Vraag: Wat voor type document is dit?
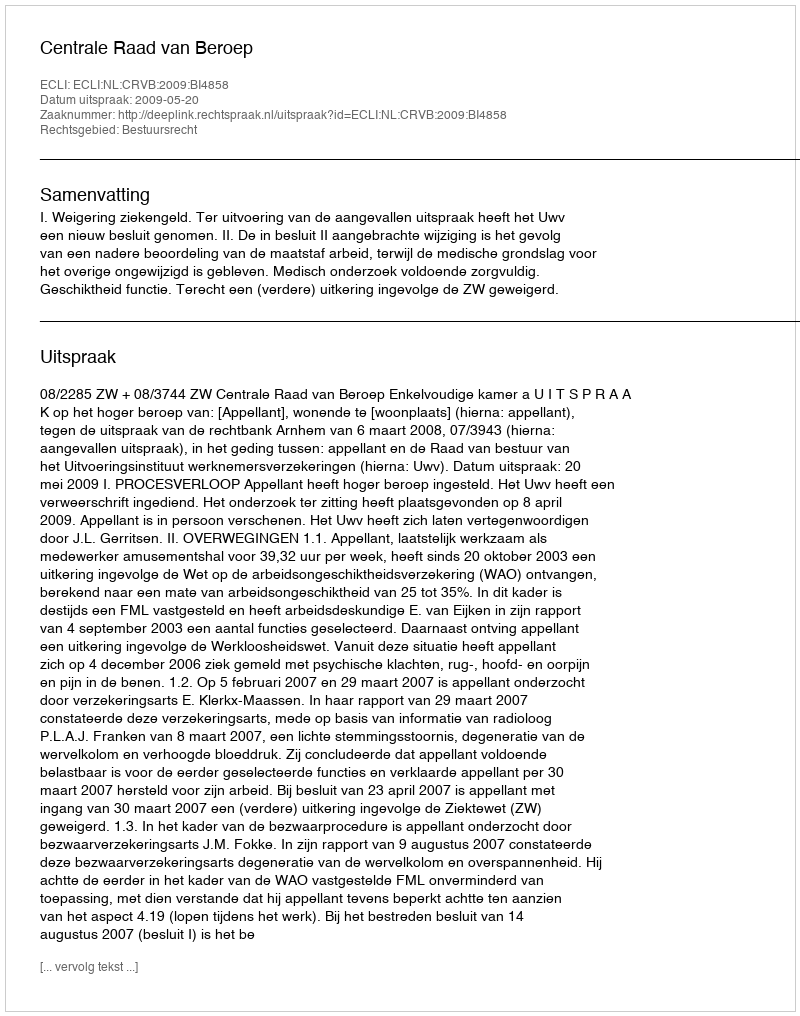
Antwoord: Uitspraak